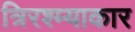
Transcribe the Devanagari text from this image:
त्रिरश्म्याकार